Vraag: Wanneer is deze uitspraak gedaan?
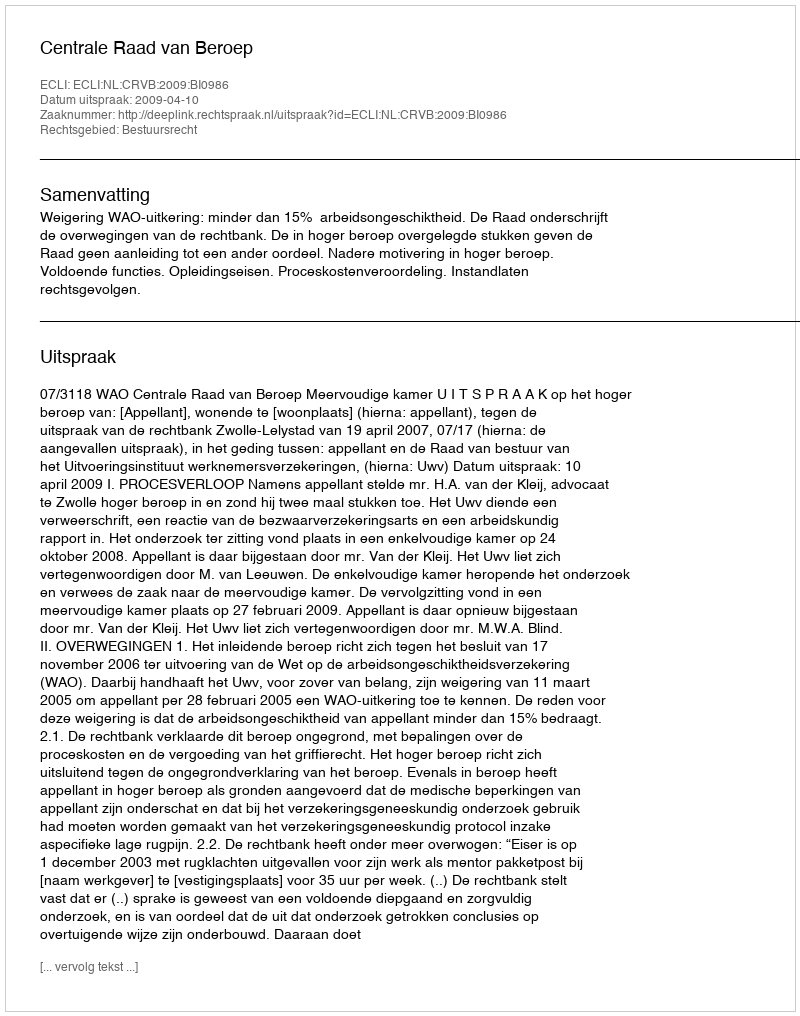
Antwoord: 2009-04-10